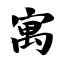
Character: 寓